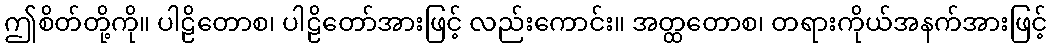
ဤစိတ်တို့ကို။ ပါဠိတောစ၊ ပါဠိတော်အားဖြင့် လည်းကောင်း။ အတ္ထတောစ၊ တရားကိုယ်အနက်အားဖြင့်